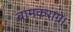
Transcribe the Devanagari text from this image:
बामकराग्रे।